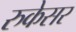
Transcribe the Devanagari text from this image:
रुकेसर